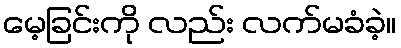
မေ့ခြင်းကို လည်း လက်မခံခဲ့။